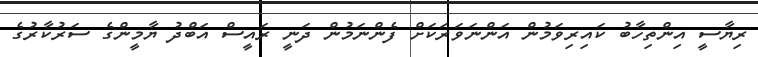
ރިޔާސީ އިންތިހާބު ކައިރިވަމުން އަންނަވަރަކަށް ފެންނަމުން ދަނީ ރައީސް އަބްދު ޔާމީންގެ ސަރުކާރުގެ